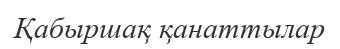
Қабыршақ қанаттылар